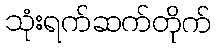
သုံးရက်ဆက်တိုက်